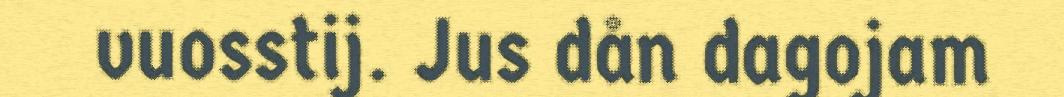
vuosstij. Jus dån dagojam